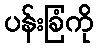
ပန်းခြံကို